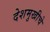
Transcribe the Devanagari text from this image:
देशमुखीचे